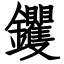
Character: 钁